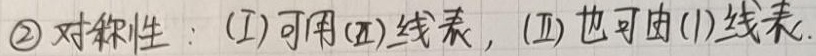
\textcircled{2} 对称性：(I) 可用(II) 线性表出，(II) 也可由(I) 线性表出.